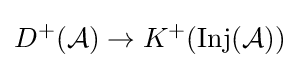
D^{+}({\mathcal {A}})\rightarrow K^{+}(\mathrm {Inj} ({\mathcal {A}}))